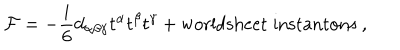
{ \cal F } = - \frac { i } { 6 } d _ { \alpha \beta \gamma } t ^ { \alpha } t ^ { \beta } t ^ { \gamma } + \mathrm { w o r l d s h e e t \; i n s t a n t o n s } \ ,